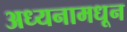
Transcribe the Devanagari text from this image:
अध्यनामधून